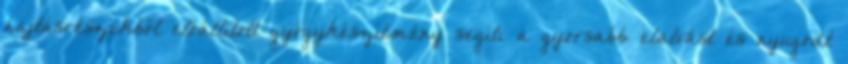
hajtásrészekből előállított gyógykészítmény segíti a gyorsabb elalvást és nyugodt